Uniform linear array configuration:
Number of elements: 48
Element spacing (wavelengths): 0.5
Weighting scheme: binomial
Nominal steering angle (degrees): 60
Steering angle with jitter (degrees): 59.832
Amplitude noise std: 0.05
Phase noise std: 0.05

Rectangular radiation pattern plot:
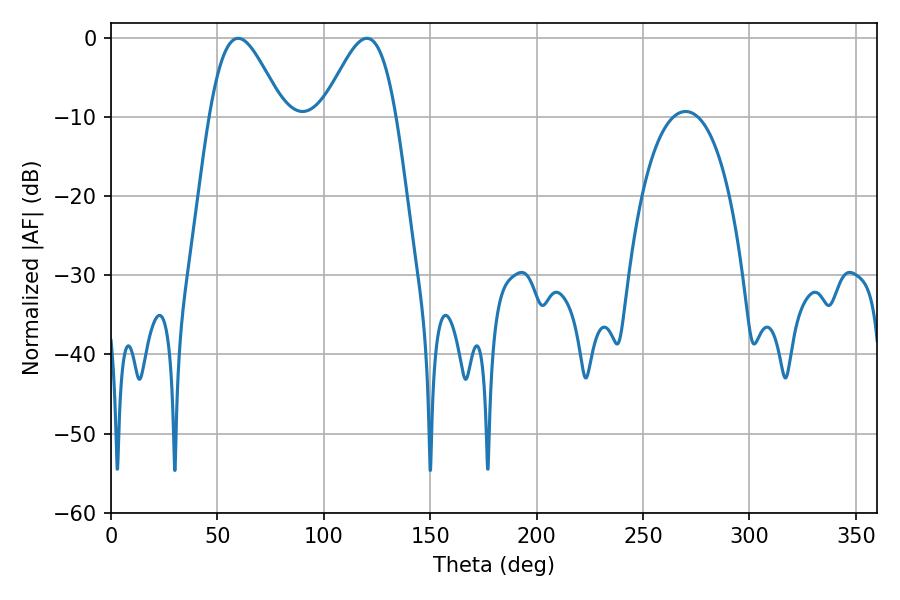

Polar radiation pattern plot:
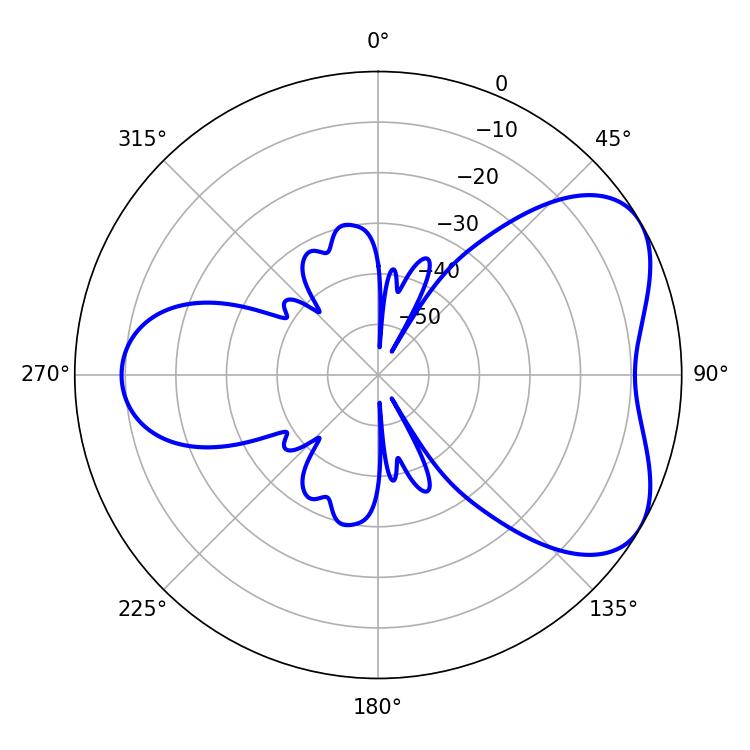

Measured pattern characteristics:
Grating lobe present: FALSE
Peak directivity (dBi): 5.229
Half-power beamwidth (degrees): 18.36
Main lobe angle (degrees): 59.76